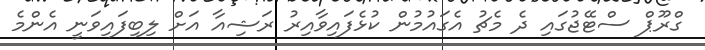
ގްރޫޕް ސްޓޭޖުގައި ދެ މެޗު އެގައުމުން ކުޅެފައިވާއިރު ރަޝިއާ އަށް ލިބިފައިވަނީ އެންމެ